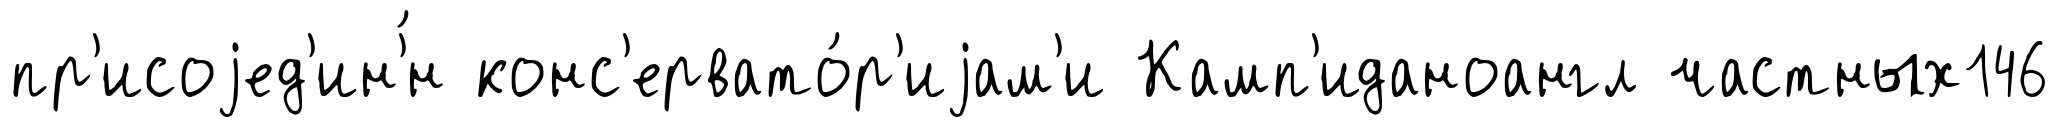
пр'исоjед'ин'́н конс'ервато́р'иjам'и Камп'иданоангл частных146